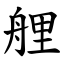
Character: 艃